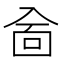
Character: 𠓮